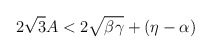
\begin{align*}2\sqrt{3}A<2\sqrt{\beta\gamma}+(\eta-\alpha)\end{align*}